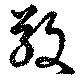
敬